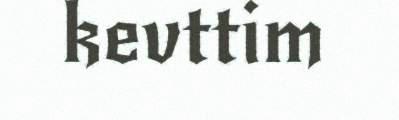
kevttim